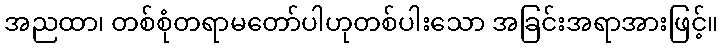
အညထာ၊ တစ်စုံတရာမတော်ပါဟုတစ်ပါးသော အခြင်းအရာအားဖြင့်။